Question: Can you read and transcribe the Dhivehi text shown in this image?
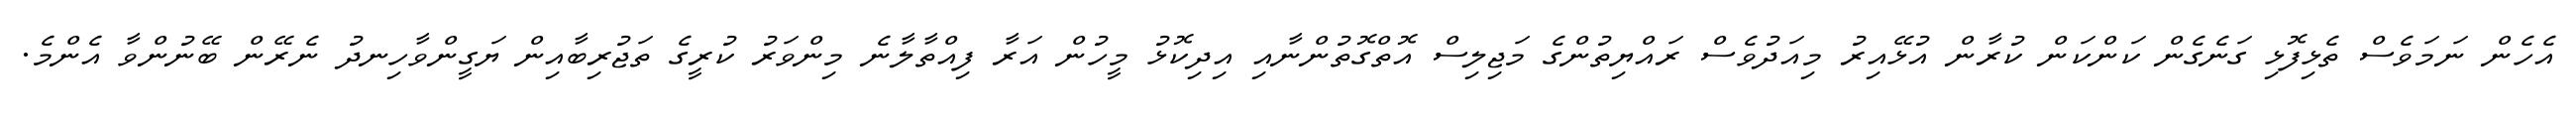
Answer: އެހެން ނަމަވެސް ތެޅިފޮޅި ގަނެގެން ކަންކަން ކުރާން އުޅޭއިރު މިއަދުވެސް ރައްޔިތުންގެ މަޖިލިސް އޮތްގޮތުންނާއި އިދިކޮޅު މީހުން އަރާ ފިއްތާލާނެ މިންވަރު ކުރީގެ ތަޖުރިބާއިން ޔަގީންވާހިނދު ނެރޭން ބޭނުންވާ އެންމެ.